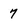
Character: 7